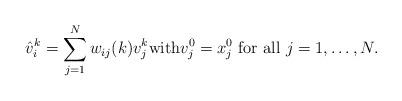
LaTeX: \begin{align*}\hat v_i^k= \sum_{j=1}^{N} w_{ij}(k) v_j^k \mbox{with} v_j^0= x_j^0 \mbox{ for all } j=1,\ldots,N.\end{align*}